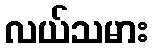
လယ်သမား